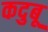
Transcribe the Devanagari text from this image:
कदुबू